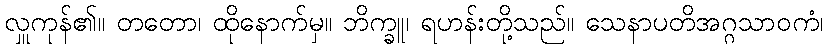
လှူကုန်၏။ တတော၊ ထိုနောက်မှ။ ဘိက္ခူ၊ ရဟန်းတို့သည်။ သေနာပတိအဂ္ဂသာဝကံ၊